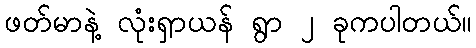
ဖတ်မာနဲ့ လုံးရှာယန် ရွာ ၂ ခုကပါတယ်။